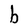
Character: b